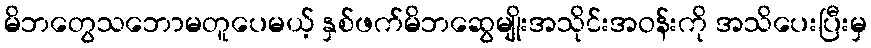
မိဘတွေသဘောမတူပေမယ့် နှစ်ဖက်မိဘဆွေမျိုးအသိုင်းအဝန်းကို အသိပေးပြီးမှ